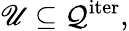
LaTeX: \mathscr{U}\subseteq\mathcal{{Q}}^{\mathrm{{iter}}},